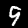
Digit: 9